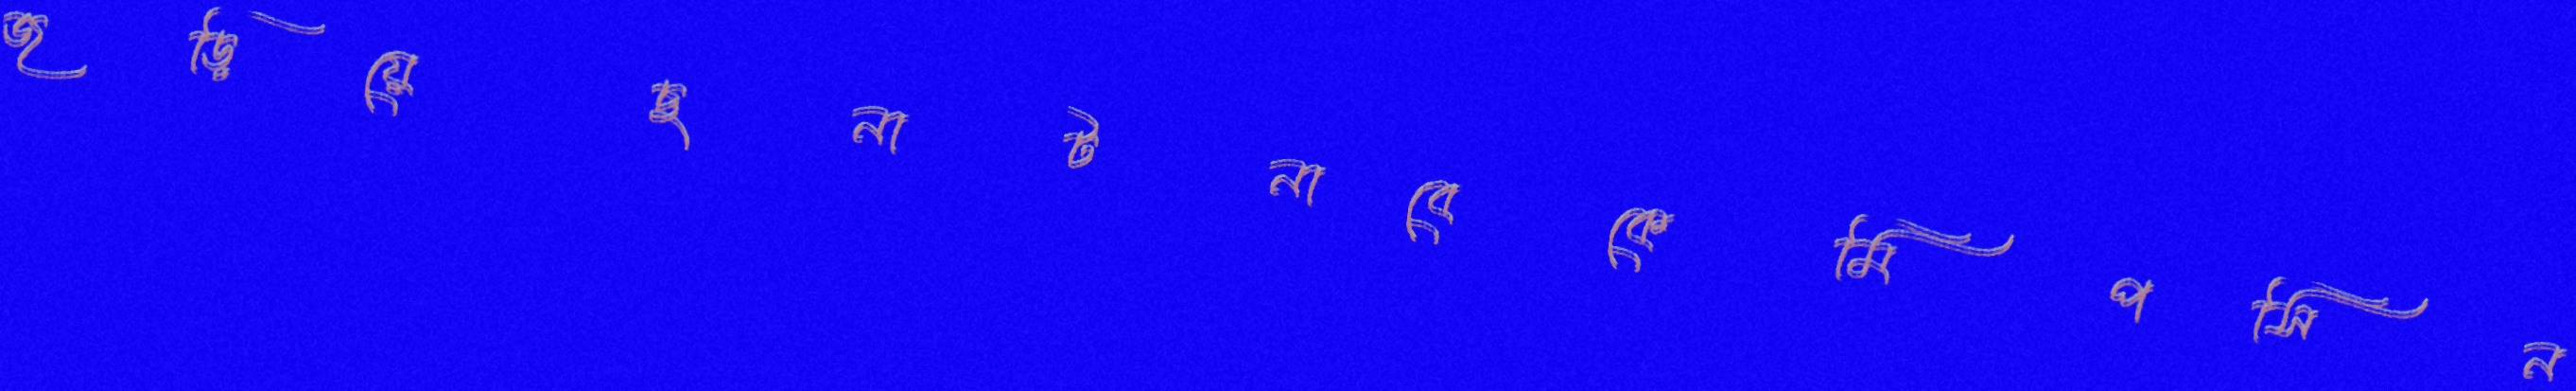
জড়িয়েছনাটনাবেকেমিপসিন